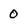
Character: 0